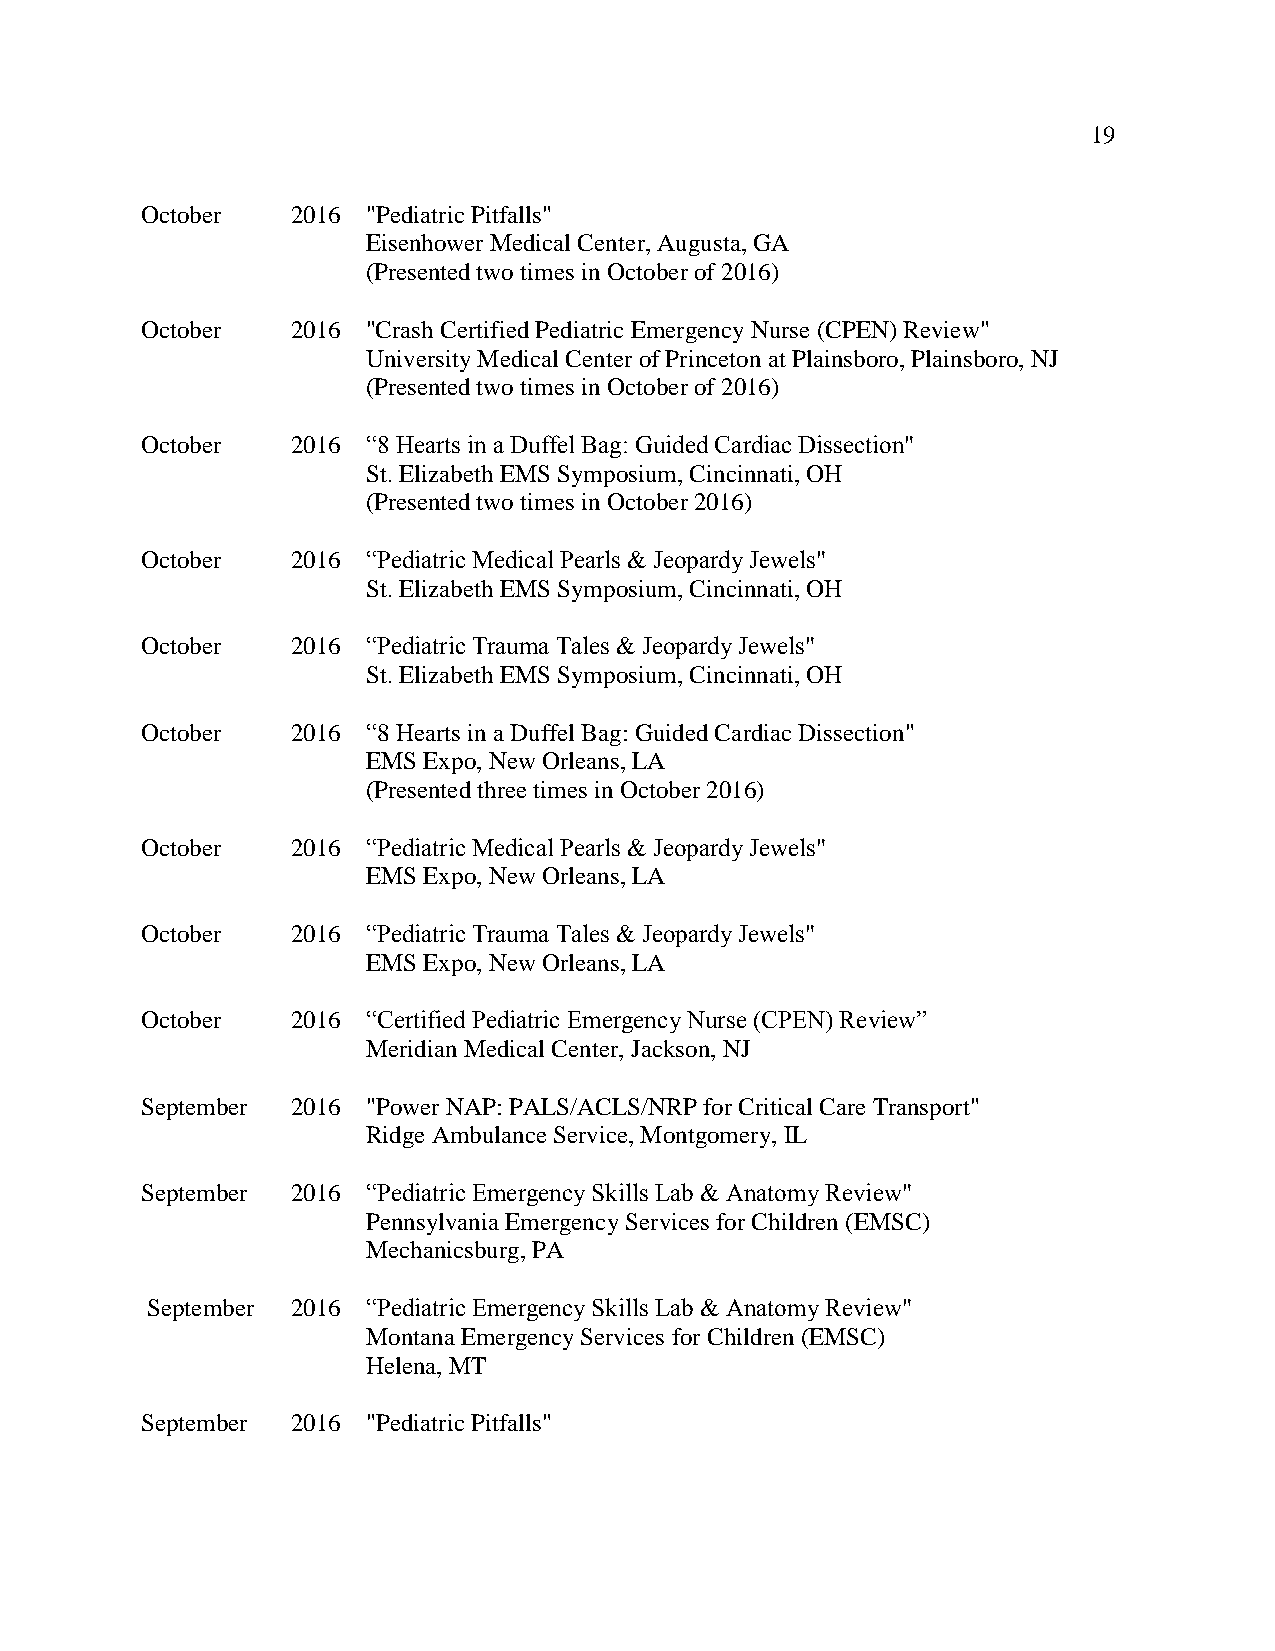
19
 October   2016 "Pediatric Pitfalls"
 Eisenhower Medical Center, Augusta, GA
 (Presented two times in October of 2016)
 October   2016 "Crash Certified Pediatric Emergency Nurse (CPEN) Review"
 University Medical Center of Princeton at Plainsboro, Plainsboro, NJ
 (Presented two times in October of 2016)
 October   2016 “8 Hearts in a Duffel Bag: Guided Cardiac Dissection"
 St. Elizabeth EMS Symposium, Cincinnati, OH
 (Presented two times in October 2016)
 October   2016 “Pediatric Medical Pearls & Jeopardy Jewels"
 St. Elizabeth EMS Symposium, Cincinnati, OH
 October   2016 “Pediatric Trauma Tales & Jeopardy Jewels"
 St. Elizabeth EMS Symposium, Cincinnati, OH
 October   2016 “8 Hearts in a Duffel Bag: Guided Cardiac Dissection"
 EMS Expo, New Orleans, LA
 (Presented three times in October 2016)
 October   2016 “Pediatric Medical Pearls & Jeopardy Jewels"
 EMS Expo, New Orleans, LA
 October   2016 “Pediatric Trauma Tales & Jeopardy Jewels"
 EMS Expo, New Orleans, LA
 October   2016 “Certified Pediatric Emergency Nurse (CPEN) Review”
 Meridian Medical Center, Jackson, NJ
 September 2016 "Power NAP: PALS/ACLS/NRP for Critical Care Transport"
 Ridge Ambulance Service, Montgomery, IL
 September 2016 “Pediatric Emergency Skills Lab & Anatomy Review"
 Pennsylvania Emergency Services for Children (EMSC)
 Mechanicsburg, PA
 September 2016 “Pediatric Emergency Skills Lab & Anatomy Review"
 Montana Emergency Services for Children (EMSC)
 Helena, MT
 September 2016 "Pediatric Pitfalls"